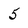
Character: 5